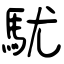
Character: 駀